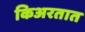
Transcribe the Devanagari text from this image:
किअरतात